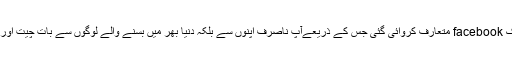
پھر 4فروری 2004 میں ایک aap فیسبک facebook متعارف کروائی گئی جس کے ذریعےآپ ناصرف اپنوں سے بلکہ دنیا بھر میں بسنے والے لوگوں سے بات چیت اور حلقہ احباب کو باآسانی وسیع کرسکتےہیں ۔